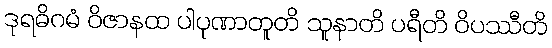
ဒုရဓိဂမံ ဝိဇာနထ ပါပုဏာတူတိ သူနာတိ ပရီတိ ဝိပဿီတိ